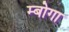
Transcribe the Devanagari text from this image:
म्बोगा